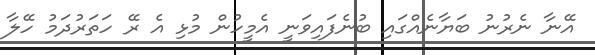
އޭނާ ނެރުނު ބަޔާނެއްގައި ބުނެފައިވަނީ އެމީހުން މުޅި އެ ރޭ ހަތަރުދަމު ހޭލާ